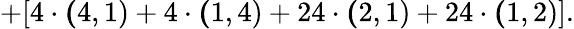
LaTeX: +[4\cdot{\mathbf(4,1)}+4\cdot{\mathbf(1,4)}+24\cdot{\mathbf(2,1)}+24\cdot{\mathbf(1,2)}].